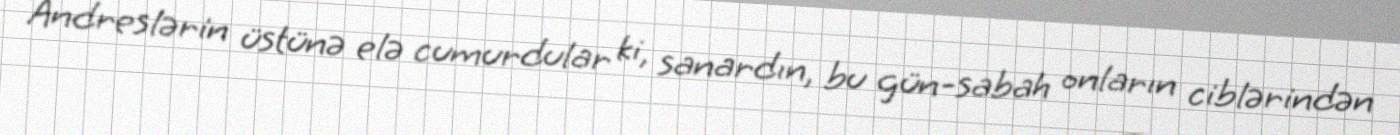
Andreslərin üstünə elə cumurdular ki, sanardın, bu gün-sabah onların ciblərindən